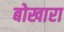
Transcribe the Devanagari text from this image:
बोखारा